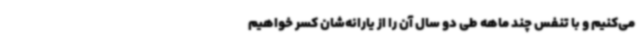
می‌کنیم و با تنفس چند ماهه طی دو سال آن را از یارانه‌شان کسر خواهیم